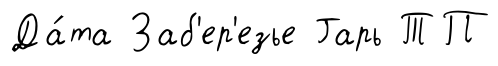
Да́та Заб'ер'езье Гарь ТП